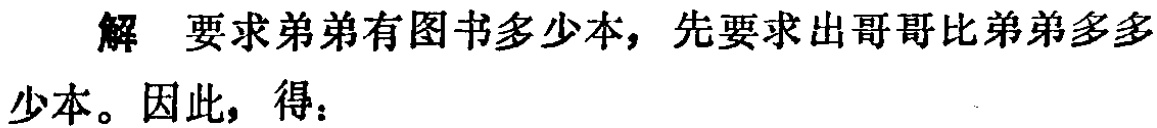
解 要求弟弟有图书多少本，先要求出哥哥比弟弟多多少本。因此，得：